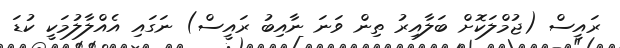
ރައީސް (ޖުމްލަކޮށް ބަލާއިރު ތިން ވަނަ ނާއިބު ރައީސް) ނަގައި އެއްލާލުމަކީ ކުޑަ